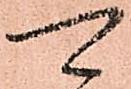
可